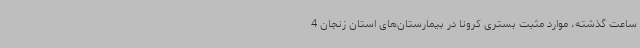
ساعت گذشته، موارد مثبت بستری کرونا در بیمارستان‌های استان زنجان 4